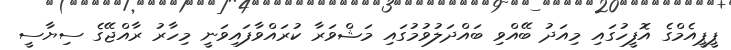
ޕީޕީއެމްގެ އޮފީހުގައި މިއަދު ބޭއްވި ބައްދަލުވުމުގައި މަޝްވަރާ ކުރައްވާފައިވަނީ މިހާރު ރާއްޖޭގެ ސިޔާސީ